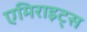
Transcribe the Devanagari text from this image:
एमिराइट्स